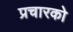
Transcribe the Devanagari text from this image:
प्रचारको